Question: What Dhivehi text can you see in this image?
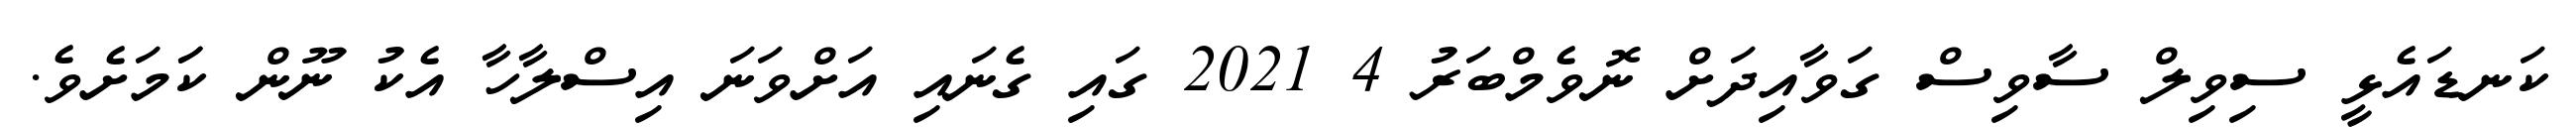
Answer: ކަނޑައެޅީ ސިވިލް ސާވިސް ގަވާއިދަށް ނޮވެމްބަރު 4 2021 ގައި ގެނައި އަށްވަނަ އިސްލާހާ އެކު ނޫން ކަަމަށެވެ.